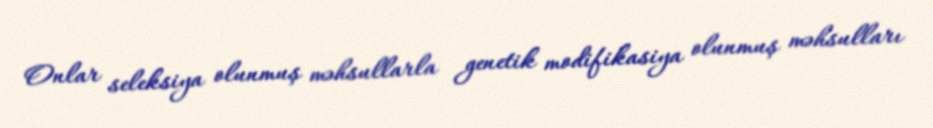
Onlar seleksiya olunmuş məhsullarla genetik modifikasiya olunmuş məhsulları